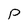
Character: p